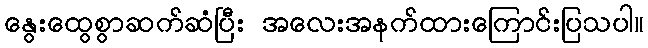
နွေးထွေစွာဆက်ဆံပြီး အလေးအနက်ထားကြောင်းပြသပါ။